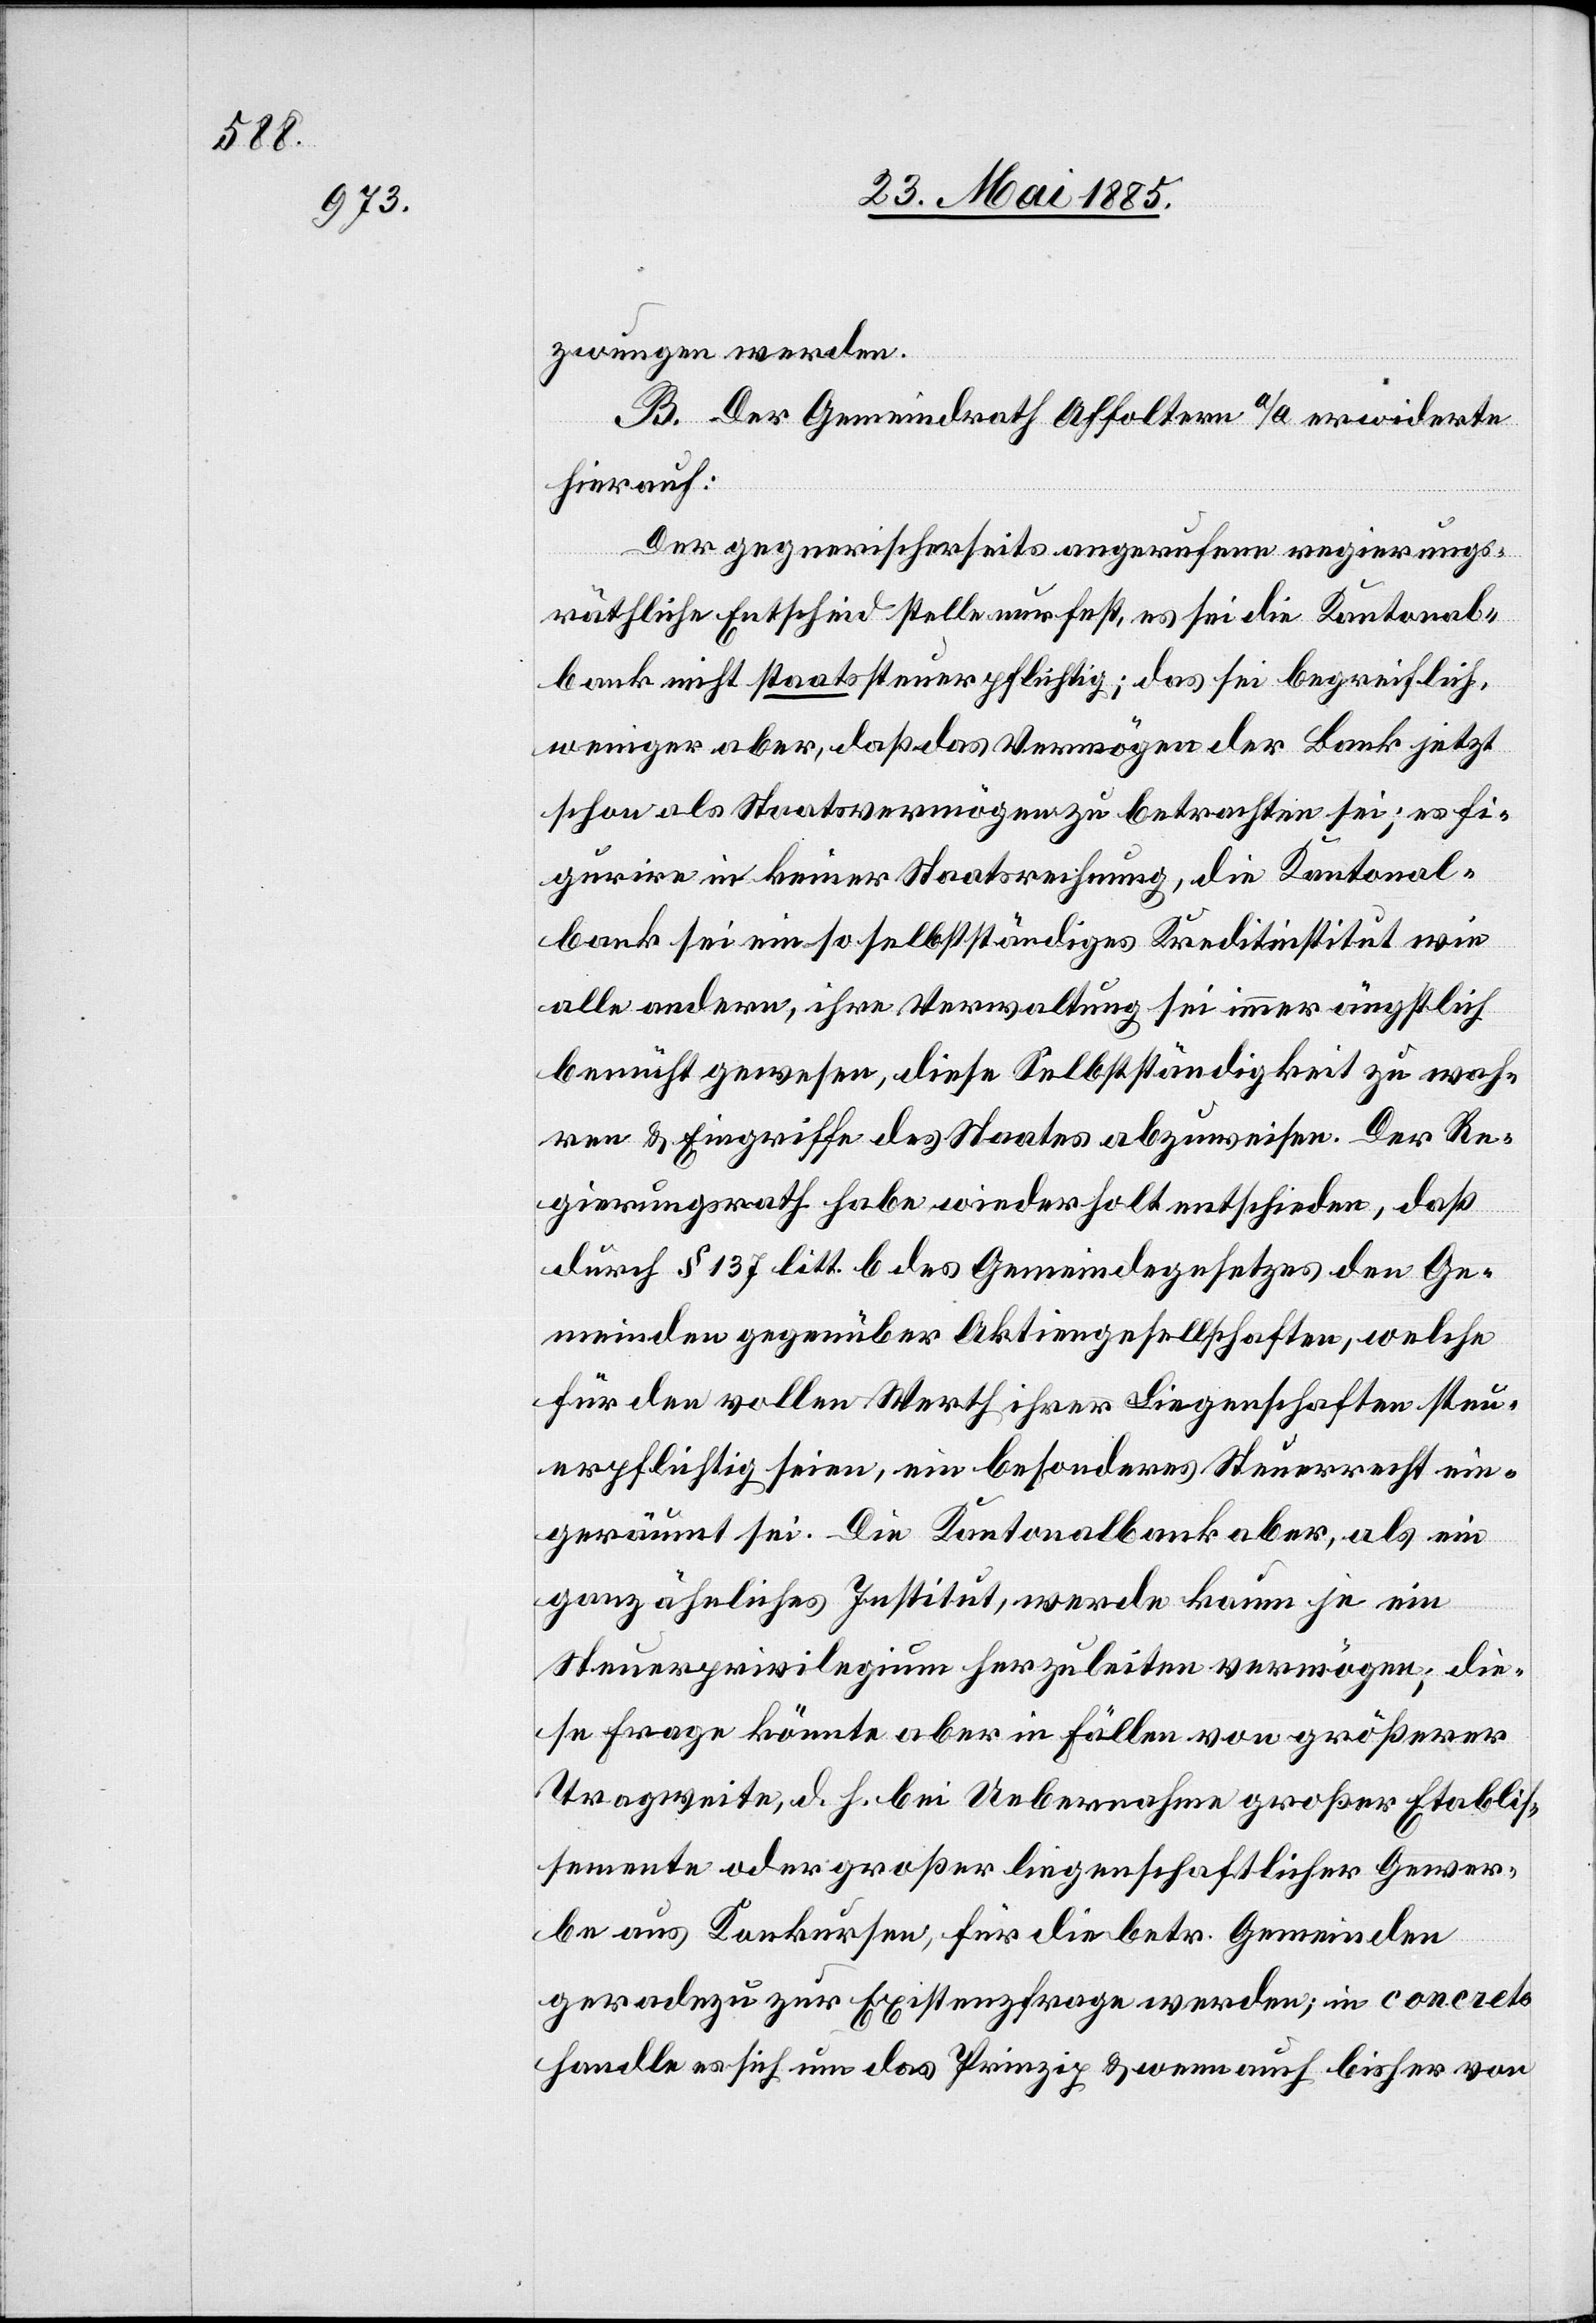
zwungen werden.
B. Der Gemeindrath Affoltern a/A erwiderte
hierauf:
Der gegnerischerseits angerufene regierungs¬
räthliche Entscheid stelle nur fest, es sei die Kantonal¬
bank nicht staatssteuerpflichtig; das sei begreiflich,
weniger aber, daß das Vermögen der Bank jetzt
schon als Staatsvermögen zu betrachten sei; es fi¬
gurire in keiner Staatsrechnung, die Kantonal¬
bank sei ein so selbstständiges Kreditinstitut wie
alle andern, ihre Verwaltung sei immer ängstlich
bemüht gewesen, diese Selbstständigkeit zu wah¬
ren & Eingriffe des Staates abzuweisen. Der Re¬
gierungsrath habe wiederholt entschieden, daß
durch § 137 litt. b des Gemeindegesetzes den Ge¬
meinden gegenüber Aktiengesellschaften, welche
für den vollen Werth ihrer Liegenschaften steu¬
erpflichtig seien, ein besonderes Steuerrecht ein¬
geräumt sei. Die Kantonalbank aber, als ein
ganz ähnliches Institut, werde kaum je ein
Steuerprivilegium herzuleiten vermögen, die¬
se Frage könnte aber in Fällen von größerer
Tragweite, d. h. bei Uebernahme großer Etablis¬
semente oder großer liegenschaftlicher Gewer¬
be aus Konkursen, für die betr. Gemeinden
geradezu zur Existenzfrage werden; in concreto
handle es sich um das Prinzip & wenn auch bisher von